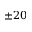
\pm 2 0